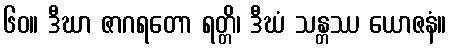
၆၀။ ဒီဃာ ဇာဂရတော ရတ္တိ၊ ဒီဃံ သန္တဿ ယောဇနံ။